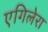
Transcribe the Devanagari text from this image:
एगिलेरा